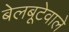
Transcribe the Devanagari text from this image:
बेलबूटेवाले